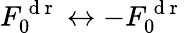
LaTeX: F_{0}^{\mathrm{~d~r~}}\leftrightarrow-F_{0}^{\mathrm{~d~r~}}